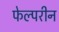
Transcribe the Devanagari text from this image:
फेल्परीन